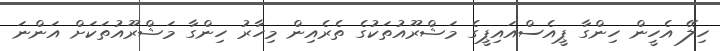
ހިލޭ އެހީން ހިންގާ ޕީއެސްއައިޕީގެ މަޝްރޫއުތަކުގެ ތެރެއިން މިހާރު ހިންގާ މަޝްރޫއުތަކަށް އަންނަ